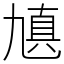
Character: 㐤